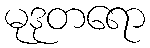
မုဒုတရော